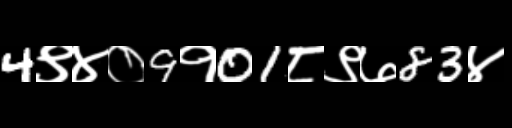
Text: 4९४०9१01८९७83४